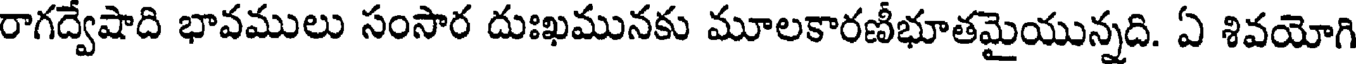
రాగద్వేషాది భావములు సంసార దుఃఖమునకు మూలకారణీభూతమైయున్నది. ఏ శివయోగి